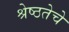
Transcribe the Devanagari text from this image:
श्रेष्ठतेचे